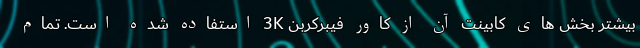
بیشتر بخش های کابینت آن از کاور فیبرکربن 3K استفاده شده است. تمام